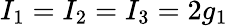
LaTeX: I_{1}=I_{2}=I_{3}=2g_{1}